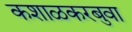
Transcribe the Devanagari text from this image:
कशाळकरबुवा